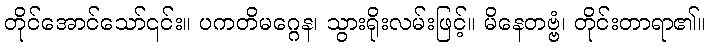
တိုင်အောင်သော်၎င်း။ ပကတိမဂ္ဂေန၊ သွားရိုးလမ်းဖြင့်။ မိနေတဗ္ဗံ၊ တိုင်းတာရာ၏။